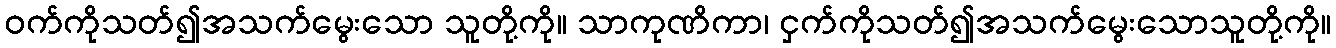
ဝက်ကိုသတ်၍အသက်မွေးသော သူတို့ကို။ သာကုဏိကာ၊ ငှက်ကိုသတ်၍အသက်မွေးသောသူတို့ကို။